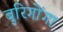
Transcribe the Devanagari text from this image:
बुरिगोंगा